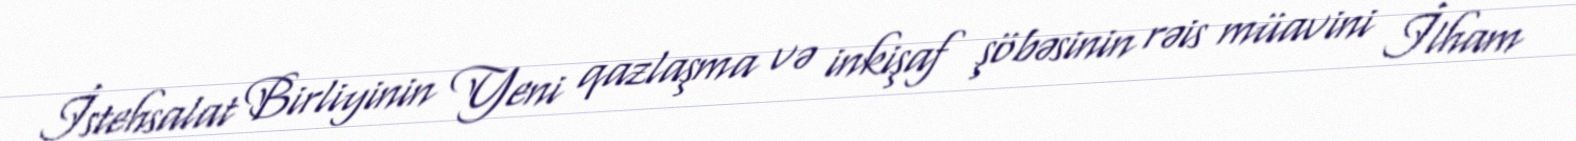
İstehsalat Birliyinin Yeni qazlaşma və inkişaf şöbəsinin rəis müavini İlham